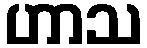
ဟာသ